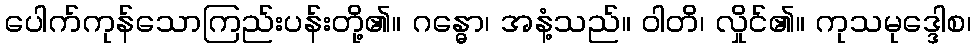
ပေါက်ကုန်သောကြည်းပန်းတို့၏။ ဂန္ဓော၊ အနံ့သည်။ ဝါတိ၊ လှိုင်၏။ ကုသမုဒ္ဒေါစ၊